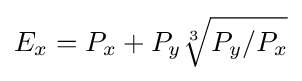
E_{x}=P_{x}+P_{y}{\sqrt[{3}]{P_{y}/P_{x}}}